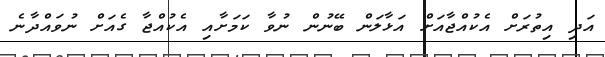
އަދި އިތުރަށް އެކުއްޖާއަށް އަޅާލަން ބޭނުން ނުވާ ކަމަށާއި އެކުއްޖާ ގެއަށް ނުވައްދާނެ